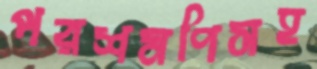
পরশমণিসহ